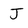
Character: J